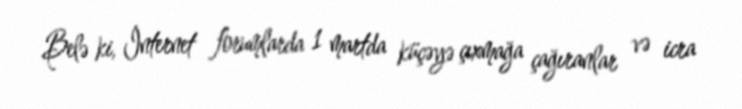
Belə ki, İnternet forumlarda 1 martda küçəyə çıxmağa çağıranlar və icra